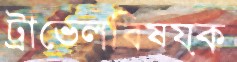
ট্রাভেলবিষয়ক